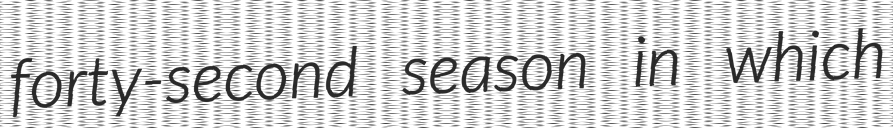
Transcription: forty-second season in which